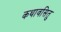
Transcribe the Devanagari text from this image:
कथावसितु